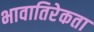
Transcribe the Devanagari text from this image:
भावातिरेकता